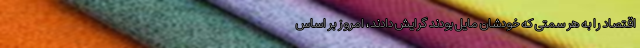
اقتصاد را به هر سمتی که خودشان مایل بودند گرایش دادند، امروز بر اساس